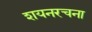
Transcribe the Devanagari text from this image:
शयनरचना